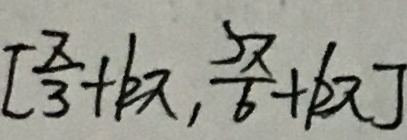
[ \frac { \pi } { 3 } + k \pi , \frac { 5 \pi } { 6 } + k \pi ]